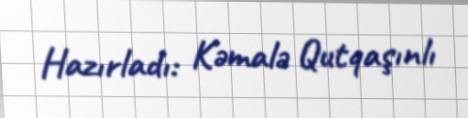
Hazırladı: Kəmalə Qutqaşınlı